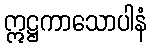
ဣဋ္ဌကာသောပါနံ